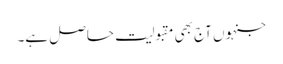
جنہوں آج بھی مقبولیت حاصل ہے۔